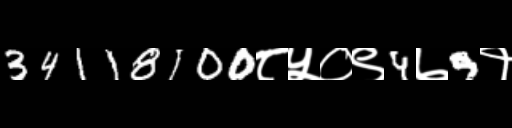
Text: 34118100८५०९4७9१